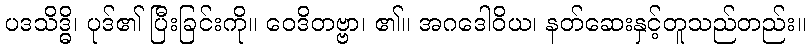
ပဒသိဒ္ဓိ၊ ပုဒ်၏ ပြီးခြင်းကို။ ဝေဒိတဗ္ဗာ၊ ၏။ အဂဒေါဝိယ၊ နတ်ဆေးနှင့်တူသည်တည်း။